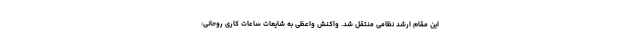
این مقام ارشد نظامی منتقل شد. واکنش واعظی به شایعات ساعات کاری روحانی: